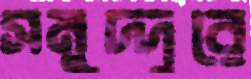
সমুদ্দুরে